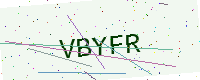
Text: VBYFR